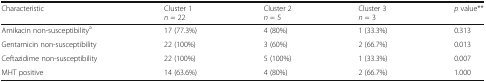
| Characteristic | Cluster 1n = 22 | Cluster 2n = 5 | Cluster 3n = 3 | p value** |
 | --- | --- | --- | --- | --- |
 | Amikacin non-susceptibilitya | 17 (77.3%) | 4 (80%) | 1 (33.3%) | 0.313 |
 | Gentamicin non-susceptibility | 22 (100%) | 3 (60%) | 2 (66.7%) | 0.013 |
 | Ceftazidime non-susceptibility | 22 (100%) | 5 (100%) | 1 (33.3%) | 0.007 |
 | MHT positive | 14 (63.6%) | 4 (80%) | 2 (66.7%) | 1.000 |